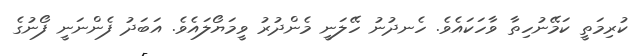
ކުރިމަތީ ކަމޭނުހިތާ ވާހަކައެވެ. ހެނދުނު ހޭލަނީ މެންދުރު ވީމަޔޯލައެވެ. އަބަދު ފެންނަނީ ފޯނުގެ